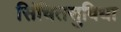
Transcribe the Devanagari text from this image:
सिंचितसुविधा